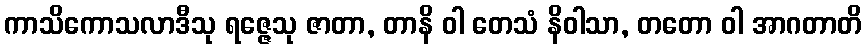
ကာသိကောသလာဒီသု ရဇ္ဇေသု ဇာတာ, တာနိ ဝါ တေသံ နိဝါသာ, တတော ဝါ အာဂတာတိ